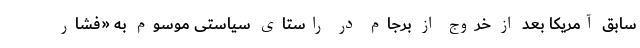
سابق آمریکا بعد از خروج از برجام در راستای سیاستی موسوم به «فشار